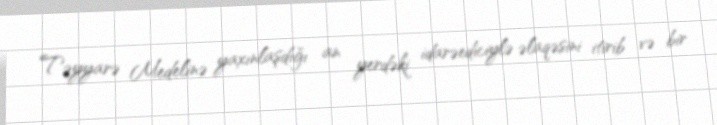
Təyyarə Medelinə yaxınlaşdığı an yerdəki idarəediciylə əlaqəsini itirib və bir